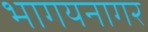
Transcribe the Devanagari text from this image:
भागयनागर